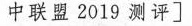
中联盟2019测评 〕